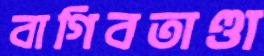
বাগিবতাণ্ডা